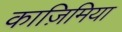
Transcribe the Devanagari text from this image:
काज़िमिया